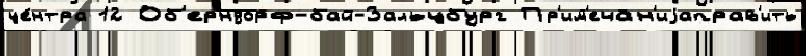
це́нтра 12 Об'ерндорф-бай-Зальцбург Пр'им'ечан'иjаправ'ить